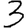
Digit: 3